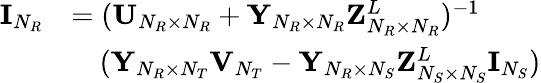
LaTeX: \begin{array}{rl}{{\mathbf{I}}_{N_{R}}}&{=({\mathbf{U}}_{N_{R}\times N_{R}}+{\mathbf{Y}}_{N_{R}\times N_{R}}{\mathbf{Z}}_{N_{R}\times N_{R}}^{L})^{-1}}\\ &{\quad({\mathbf{Y}}_{N_{R}\times N_{T}}{\mathbf{V}}_{N_{T}}-{\mathbf{Y}}_{N_{R}\times N_{S}}{\mathbf{Z}}_{N_{S}\times N_{S}}^{L}{\mathbf{I}}_{N_{S}})}\end{array}